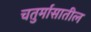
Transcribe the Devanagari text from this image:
चतुर्मासातील